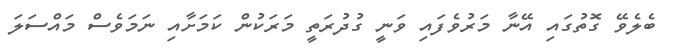
ބެލެވޭ ގޮތުގައި އޭނާ މަރުވެފައި ވަނީ ގުދުރަތީ މަރަކުން ކަމަށާއި ނަމަވެސް މައްސަލަ